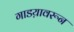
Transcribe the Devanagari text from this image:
गाडय़ावरून